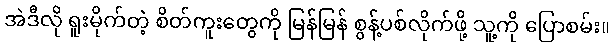
အဲဒီလို ရူးမိုက်တဲ့ စိတ်ကူးတွေကို မြန်မြန် စွန့်ပစ်လိုက်ဖို့ သူ့ကို ပြောစမ်း။